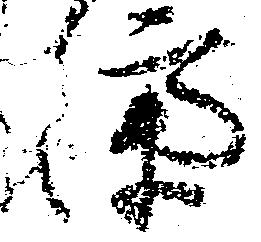
済